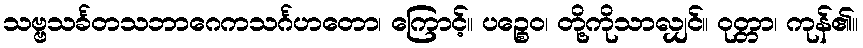
သဗ္ဗသင်္ခတသဘာဂေကသင်္ဂဟတော၊ ကြောင့်။ ပဉ္စေဝ၊ တို့ကိုသာလျှင်။ ဝုတ္တာ၊ ကုန်၏။